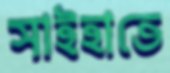
সাইহাতে